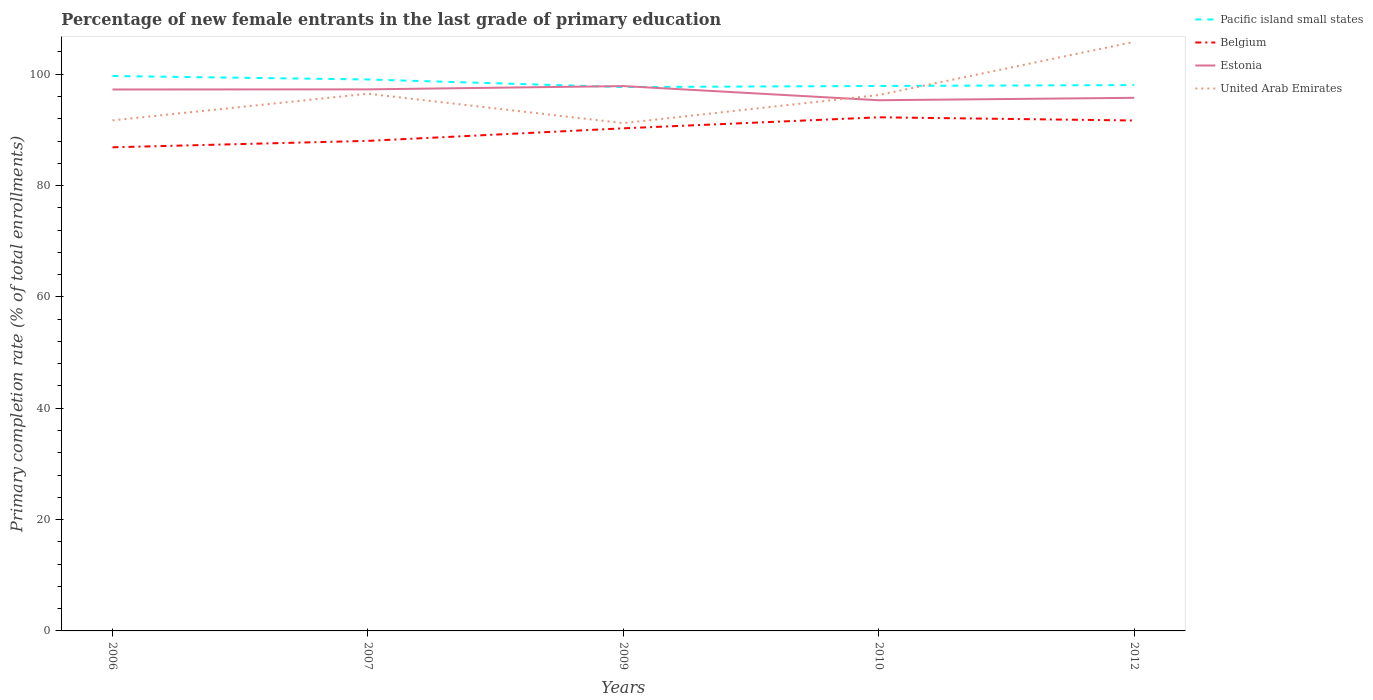
| Years | Pacific island small states | Belgium | Estonia | United Arab Emirates |
 | --- | --- | --- | --- | --- |
 | 2006 | 99.7 | 86.9 | 97.3 | 91.7 |
 | 2007 | 99.1 | 88 | 97.3 | 96.5 |
 | 2009 | 97.7 | 90.3 | 97.9 | 91.2 |
 | 2010 | 97.9 | 92.3 | 95.3 | 96.3 |
 | 2012 | 98.1 | 91.7 | 95.8 | 106 |